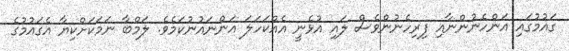
ގައުމުގައި އަންހެނުންނާއި ފިރިހެނުންވެސް ލައި އުޅެނީ އެއްކަހަލަ އަންނައުނުކަމެވެ. ލަމްބާ ނަމަކަށްކިޔާ އެގައުމުގެ